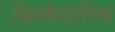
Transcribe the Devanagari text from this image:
सिल्वेस्टरिस